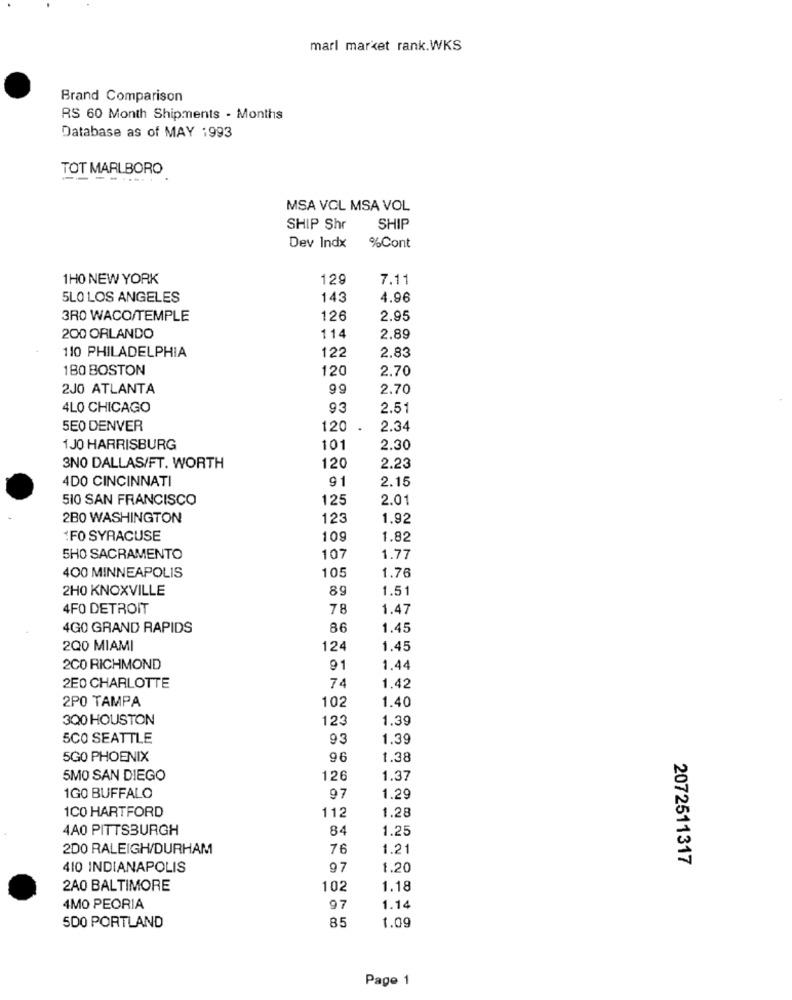
marl market rank.WKS
Brand Comparison
RS 60 Month Shipments - Months
Database as of MAY 1993
TOT MARLBORO
----.....
MSA VCL MSA VOL
SHIP Shr
SHIP
Dev Indx
%Cont
1H0 NEW YORK
129
7.11
5LO LOS ANGELES
143
4.96
3RO WACO/TEMPLE
126
2.95
200 ORLANDO
114
2.89
122
2.83
110 PHILADELPHIA
180 BOSTON
120
2.70
2JO ATLANTA
99
2.70
4LO CHICAGO
93
2.51
5E0 DENVER
120
2.34
1JO HARRISBURG
101
2.30
3NO DALLAS/FT. WORTH
120
2.23
4DO CINCINNATI
91
2.15
510 SAN FRANCISCO
125
2.01
2BO WASHINGTON
123
1.92
:FO SYRACUSE
109
1.82
5HO SACRAMENTO
107
1.77
105
1.76
400 MINNEAPOLIS
2H0 KNOXVILLE
89
1.51
4FO DETROIT
78
1.47
4GO GRAND RAPIDS
86
1.45
200 MIAMI
12
1.45
2CO RICHMOND
91
1.44
1.42
2E0 CHARLOTTE
74
2PO TAMPA
102
1.40
300 HOUSTON
123
1.39
5CO SEATTLE
9.3
1.39
5GO PHOENIX
96
1.38
5MO SAN DIEGO
126
1.37
1GO BUFFALO
97
1.29
1CO HARTFORD
1.28
112
4A0 PITTSBURGH
84
1.25
200 RALEIGH/DURHAM
76
1.21
2072511317
410 INDIANAPOLIS
97
1.20
2A0 BALTIMORE
10
1.18
4MO PEORIA
97
1.14
85
500 PORTLAND
1.09
Page 1